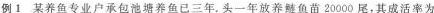
例1某养鱼专业户承包池塘养鱼已三年。头一年放养鲢鱼苗20000尾，其成活率为